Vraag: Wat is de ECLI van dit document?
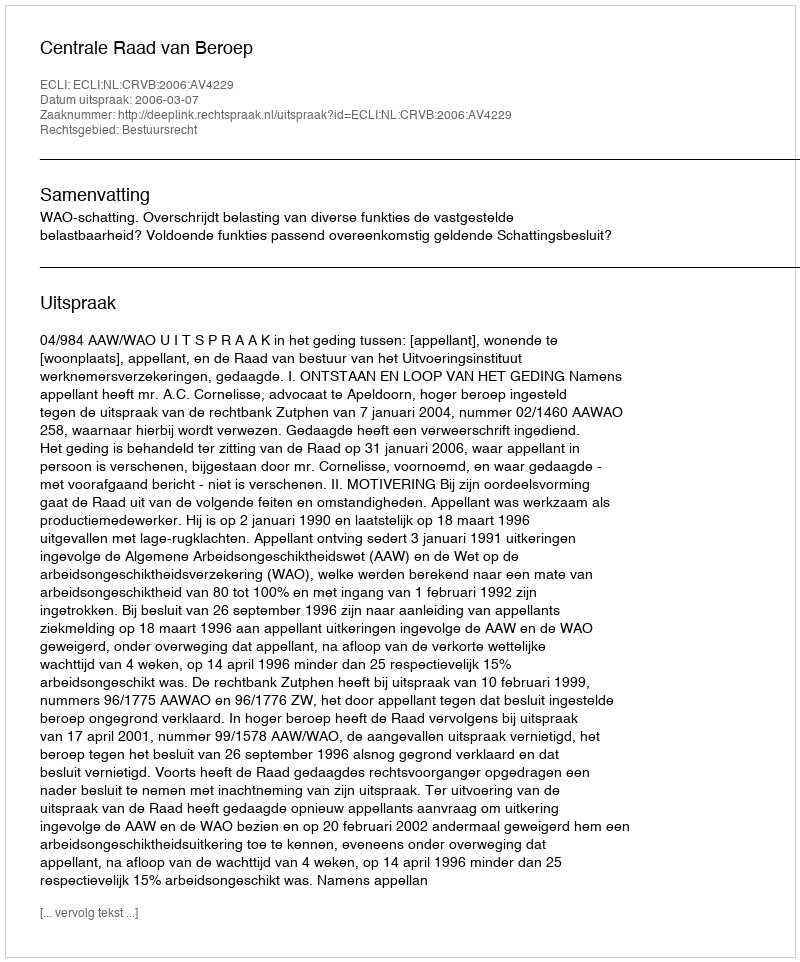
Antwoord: ECLI:NL:CRVB:2006:AV4229